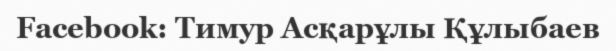
Facebook: Тимур Асқарұлы Құлыбаев